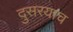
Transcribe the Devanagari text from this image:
दुसरयाच